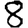
Digit: 8